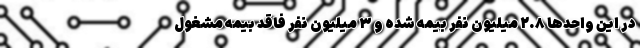
در این واحدها ۲.۸ میلیون نفر بیمه شده و ۳ میلیون نفر فاقد بیمه مشغول